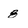
Character: 8